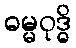
ဓမ္မဝုဒ္ဓိ